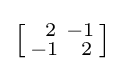
\left[{\begin{smallmatrix}\ \,2&-1\\-1&\ \,2\end{smallmatrix}}\right]